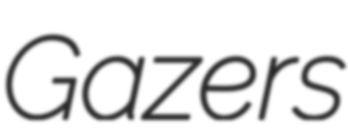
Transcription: Gazers